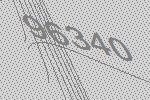
96340